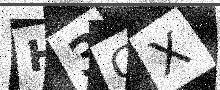
Text: H3GX